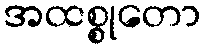
အထစ္စုတော